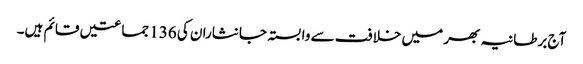
آج برطانیہ بھر میں خلافت سے وابستہ جانثاران کی 136 جماعتیں قائم ہیں۔